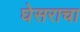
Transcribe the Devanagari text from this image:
घेसराचा